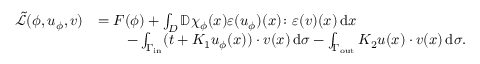
\begin{array} { r l } { \tilde { \mathcal { L } } ( \phi , \boldsymbol { u } _ { \phi } , \boldsymbol { v } ) } & { = F ( \phi ) + \int _ { D } \mathbb { D } \chi _ { \phi } ( x ) \boldsymbol { \varepsilon } ( \boldsymbol { u } _ { \phi } ) ( x ) \colon \boldsymbol { \varepsilon } ( \boldsymbol { v } ) ( x ) \, \mathrm { d } x } \\ & { \qquad - \int _ { \Gamma _ { \mathrm { i n } } } ( \boldsymbol { t } + K _ { 1 } \boldsymbol { u } _ { \phi } ( x ) ) \cdot \boldsymbol { v } ( x ) \, \mathrm { d } \sigma - \int _ { \Gamma _ { \mathrm { o u t } } } K _ { 2 } \boldsymbol { u } ( x ) \cdot \boldsymbol { v } ( x ) \, \mathrm { d } \sigma . } \end{array}